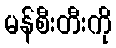
မန်စီးတီးကို